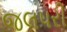
જલપરી